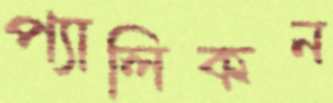
প্যালিকন